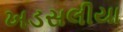
ખડસલીયા